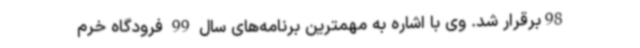
98برقرار شد. وی با اشاره به مهمترین برنامه‌های سال 99 فرودگاه خرم